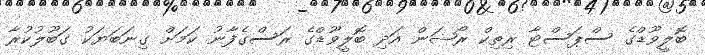
ބޮލީވޫޑްގެ ސްޕަސްޓާ ރިތިކް ރޯޝަން އަދި ބޮލީވޫޑްގެ ރަސްގެފާނު ކަމަށް ގިނަބަޔަކު ގަބޫލުކުރާ